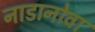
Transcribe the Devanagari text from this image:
नाडानोवा